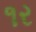
૧ર